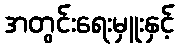
အတွင်းရေးမှူးနှင့်